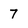
Character: 7